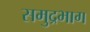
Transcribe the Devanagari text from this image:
समुद्रभाग